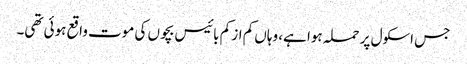
جس اسکول پر حملہ ہوا ہے، وہاں کم از کم بائیس بچوں کی موت واقع ہوئی تھی۔